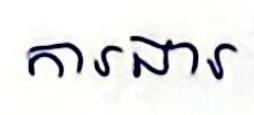
ការងារ